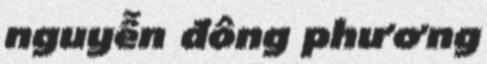
nguyễn đông phương